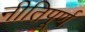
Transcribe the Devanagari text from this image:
नीतिपूर्ण